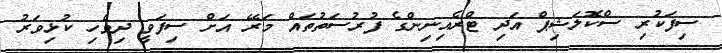
ސިފަކުރި ސްކޮލަޝިޕް އަދި ޓްރެއިނިންގެ ފުރުސަތުތައް މަރޭ އަށް ސިފަވީ ދިވެހި ކުޅިވަރު